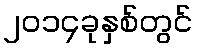
၂၀၁၄ခုနှစ်တွင်